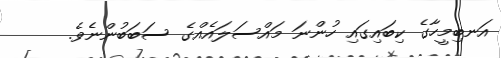
އަނބިމީހާގެ ކިބައިގައި ހުންނަ މައްސަލައެއްގެ ސަބަބުންނެވެ.